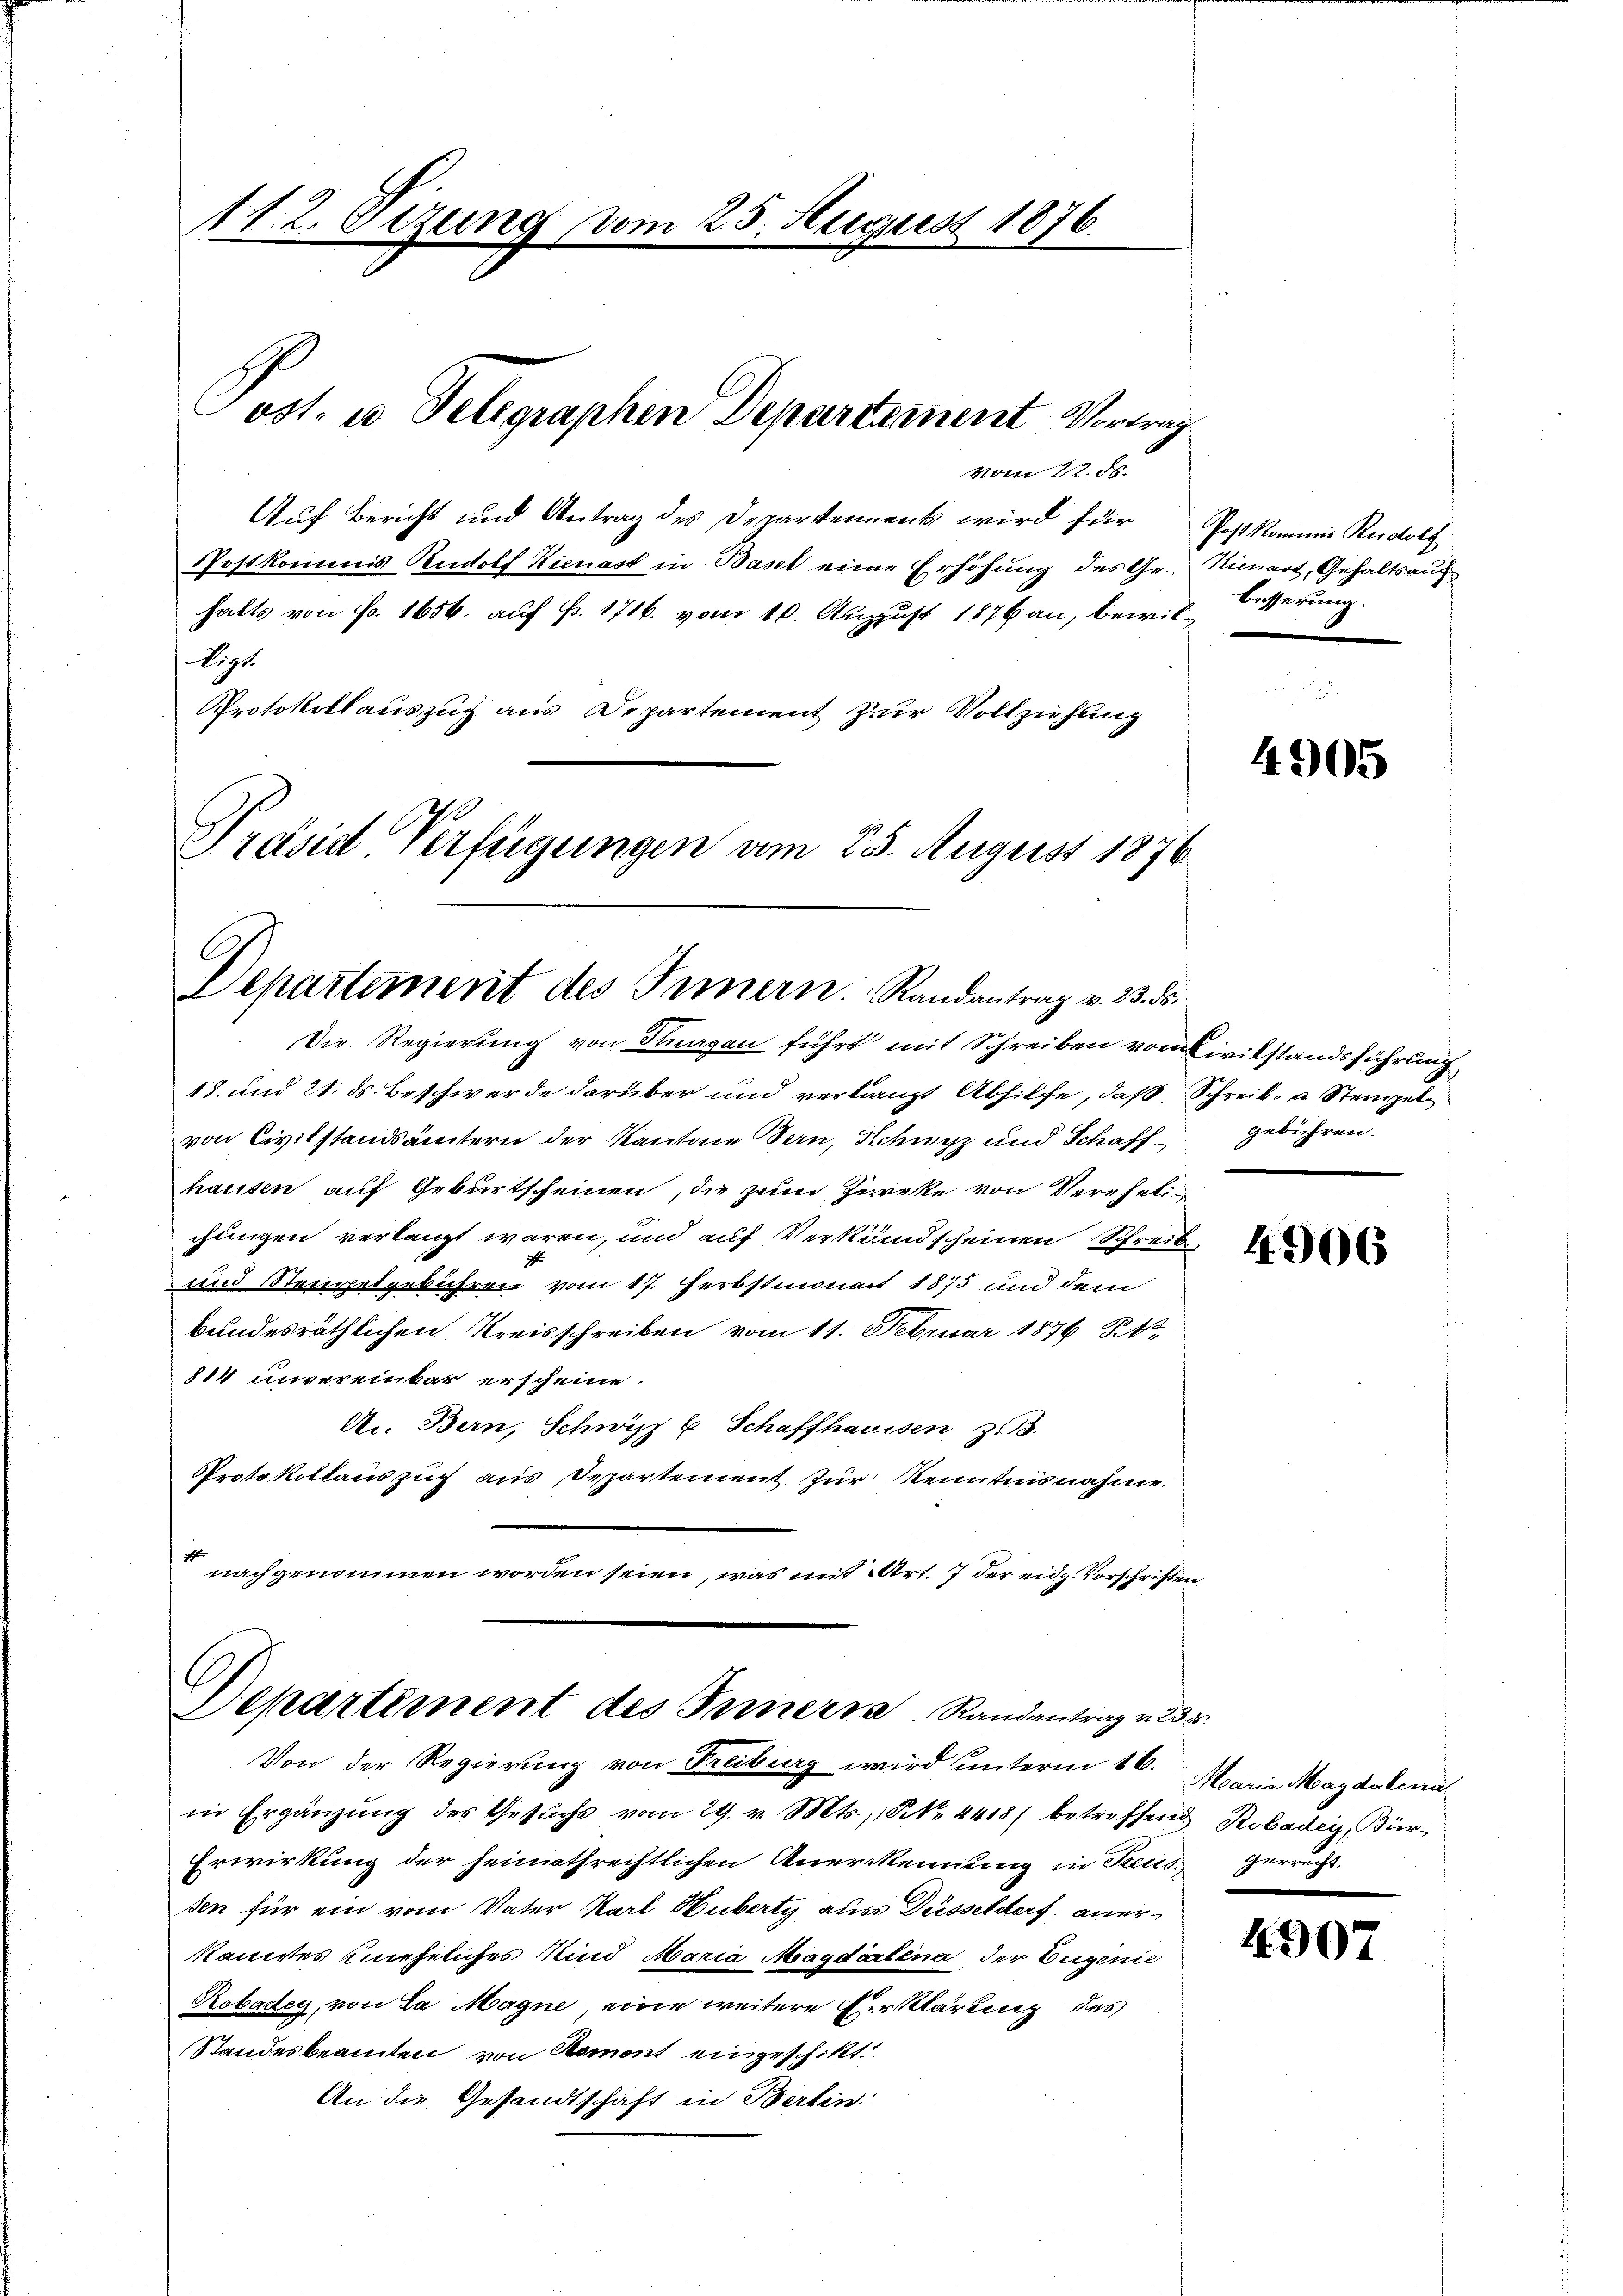
11. 2. Sitzung vom 25. August 1876.
ost. in Telegraphen Departement Vortrag

vom 22. d.
Auf Bericht und Antrag des Departement wird für Post kommi Rudolf
Postkommis Rudolf Kienast in Basel eine Erhöhung des Gr. Kienast, Gehaltsaufhalts von Fr. 1656. auf Fr. 1716. vom 10. August 1876 an, bewilligt.
Protokollauszug aus Departement zur Vollziehung
Präsid Verfügungen vom 25. August 1876

Departement des Innern. Randantrag v. 23. ds.

Die Regierung von Stuargau führt mit Schreiben vom Civilstandsführung
18. und 21. ds. Beschwerde darüber und verlangt Abhilfe, daß Schreib- u Steigel
von Civilstandsämtern der Kantone Bern, Schwyz und Schaff gebühren.
hausen auf Geburtscheinen, die zum Zureke von Vereheli
chungen verlangt waren, und auf Verkündscheinen Schreib
und Stempelgebühren vom 17. Herbstmonat 1875 und dem
bundesräthlichen Kreisschreiben vom 11. Februar 1876 St
814 unvereinbar erscheine.
A. Bern, Schwyz E. Schaffhaussen, z. B.
Protokollauszug aus Departement zur Kenntnisnahme
d
nachgenommen worden seien, was mit Art. 7 der eidg. Vorschriften
Departement des Innern Randantrag v. 238.
Von der Regierung von Freiburg wird unterm 16. Maria Magdalena
in Ergänzŭng des Gesuchs vom 29. v. Mts., N. 4418) betreffend Robaden, Bür¬
Erwirkung der heimathrechtlichen Anerkennung in Reus Herrecht.
sen für ein vom Vater Karl Huberty aus Düsseldorf anerkanistes uneheliches Kind Maria Maydeatina der Eugenie
Robaden, von La Magne eine weitere Erklärung des
Standesbeamten von Romont eingeschikt.
An die Gesandtschaft in Berlin:

besserung.

4905

4906

4907